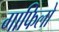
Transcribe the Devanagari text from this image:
गाफिलो